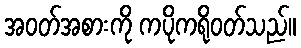
အဝတ်အစားကို ကပိုကရိုဝတ်သည်။